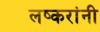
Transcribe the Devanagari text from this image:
लष्करांनी